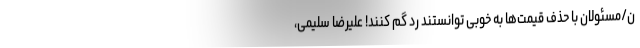
ن/مسئولان با حذف قیمت‌ها به خوبی توانستند رد گم کنند! علیرضا سلیمی،